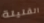
القليلة